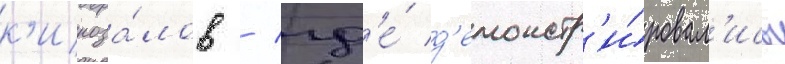
к'иноза́лов / гд'е́ д'емонстр'и́ровал'ись